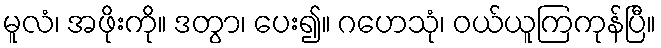
မူလံ၊ အဖိုးကို။ ဒတွာ၊ ပေး၍။ ဂဟေသုံ၊ ဝယ်ယူကြကုန်ပြီ။